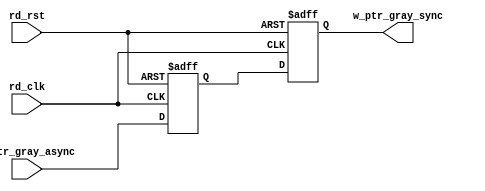
`timescale 1ns / 1ps
//////////////////////////////////////////////////////////////////////////////////
// Company: 
// Engineer: 
// 
// Design Name: 
// Module Name: Synchronizer_w2r
// Project Name: 
// Target Devices: 
// Tool Versions: 
// Description: 
// 
// Dependencies: 
// 
// Revision:
// Revision 0.01 - File Created
// Additional Comments:
// 
//////////////////////////////////////////////////////////////////////////////////


module Synchronizer_w2r #(
    parameter NUM_BITS = 4
)
(
    input wire rd_clk,
    input wire rd_rst,
    input wire [NUM_BITS-1:0] w_ptr_gray_async,
    output reg [NUM_BITS-1:0] w_ptr_gray_sync
    );
    /// Initializing the intermediate connection between 2 D-ff
     reg [NUM_BITS-1:0]w_ptr_gray_int;
     
     ///AT EVERY POSITIVE CLOCK EDGE THE two D-ffs assign their input to the outputs
     always @(posedge rd_clk or negedge rd_rst) begin
        if (!rd_rst) 
            {w_ptr_gray_sync,w_ptr_gray_int} <= 0; 
         else 
            {w_ptr_gray_sync,w_ptr_gray_int} <= {w_ptr_gray_int,w_ptr_gray_async};         
      end
endmodule